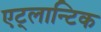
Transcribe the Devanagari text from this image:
एट्लान्टिक